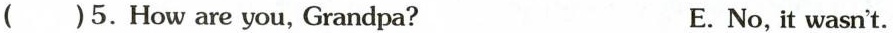
( )5.How are you, Grandpa? E.No,it wasn't.